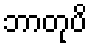
ဘာတုပိ